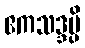
ဧကသဒ္ဒမ္ပိ